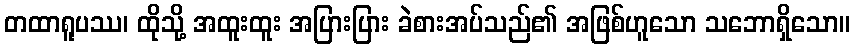
တထာရူပဿ၊ ထိုသို့ အထူးထူး အပြားပြား ခဲစားအပ်သည်၏ အဖြစ်ဟူသော သဘောရှိသော။